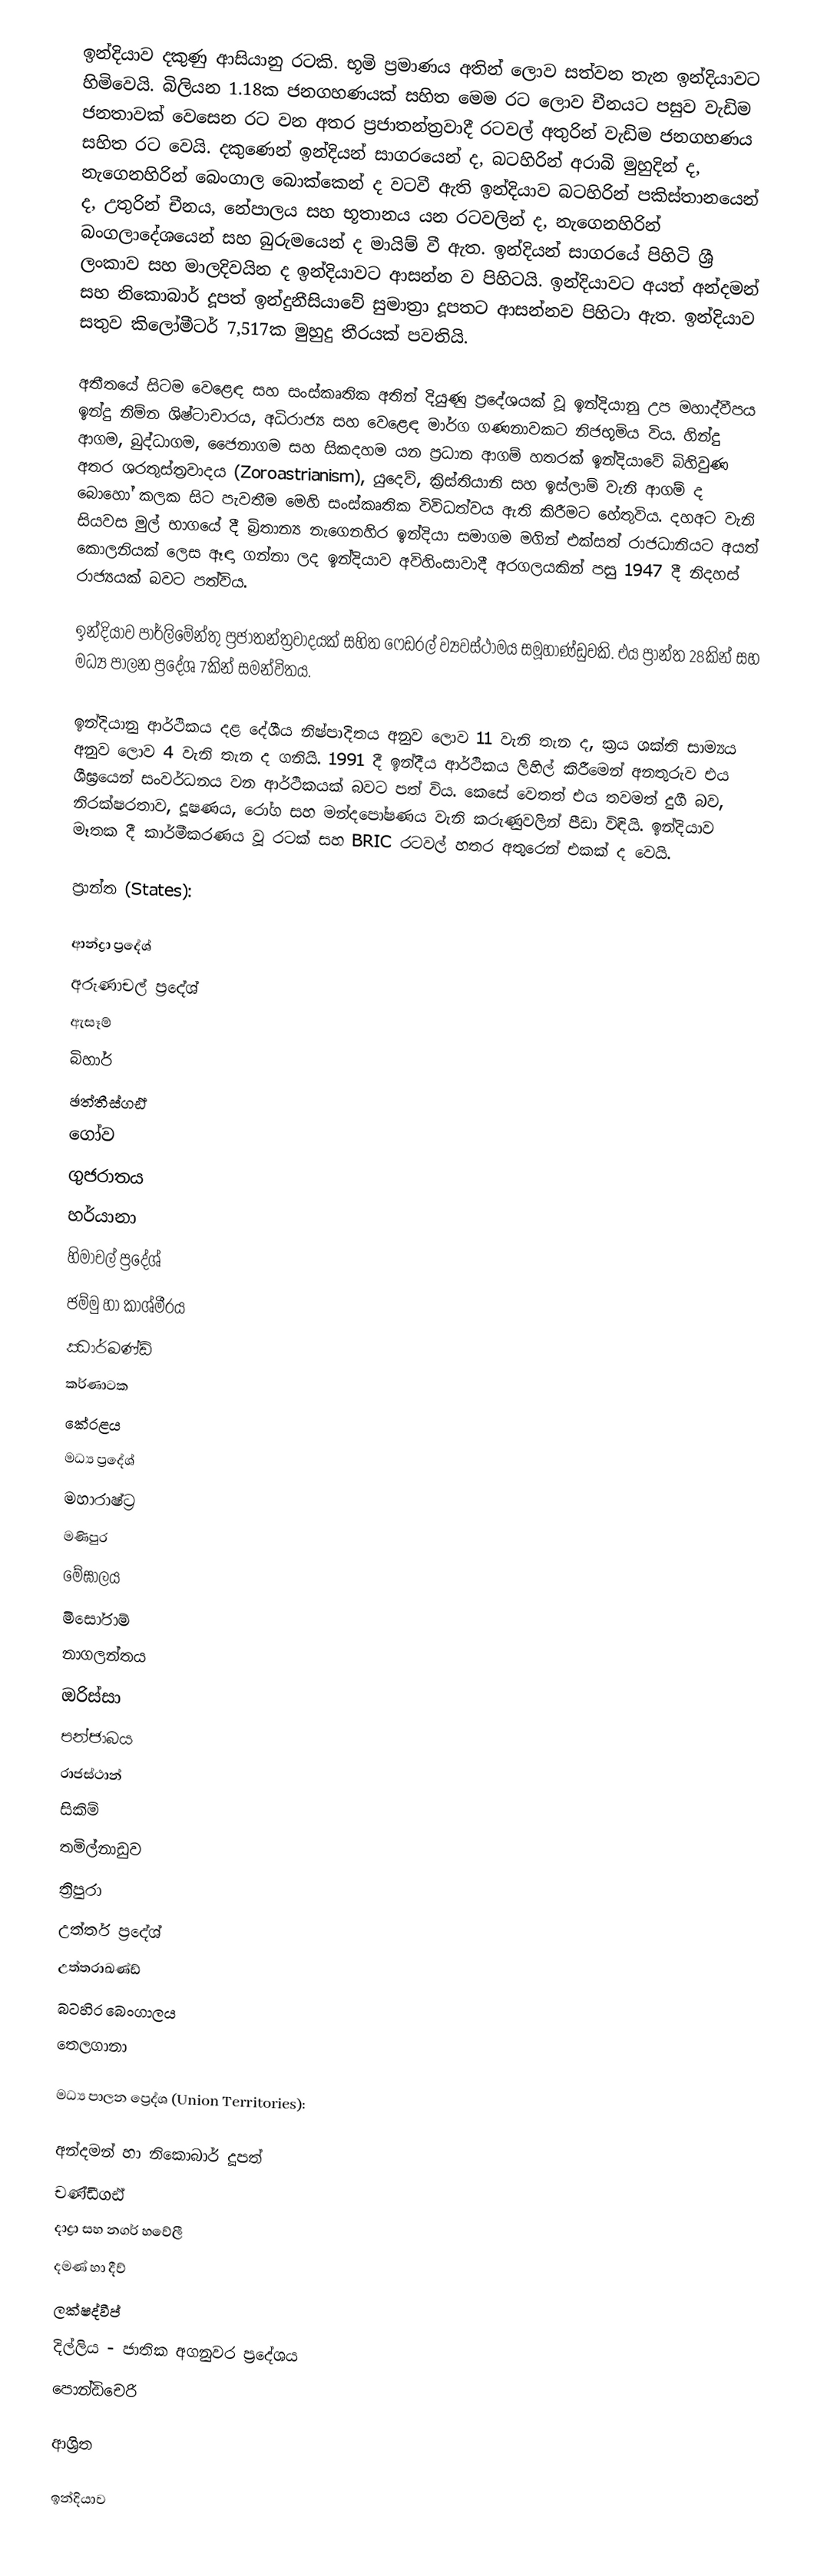
ඉන්දියාව දකුණු ආසියානු රටකි. භූමි ප්‍රමාණය අතින් ලොව සත්වන  තැන ඉන්දියාවට හිමිවෙයි. බිලියන 1.18ක ජනගහණයක් සහිත මෙම රට ‍ලොව චීනයට පසුව වැඩිම ජනතාවක් වෙසෙන රට වන අතර ප්‍රජාතන්ත්‍රවාදී රටවල් අතුරින් වැඩිම ජනගහණය සහිත රට වෙයි. දකුණෙන් ඉන්දියන් සාගරයෙන් ද, බටහිරින් අරාබි මුහුදින් ද, නැගෙනහිරින් බෙංගාල බොක්කෙන් ද වටවී ඇති ඉන්දියාව බටහිරින් පකිස්තානයෙන් ද, උතුරින් චීනය, නේපාලය සහ භූතානය යන රටවලින් ද, නැගෙනහිරින් බංගලාදේශයෙන් සහ බුරුමයෙන් ද මායිම් වී ඇත. ඉන්දියන් සාගරයේ පිහිටි ශ්‍රී ලංකාව සහ මාලදිවයින ද ඉන්දියාවට ආසන්න ව පිහිටයි. ඉන්දියාවට අයත් අන්දමන් සහ නිකොබාර් දූපත් ඉන්දුනීසියාවේ සුමාත්‍රා දූපතට ආසන්නව පිහිටා ඇත. ඉන්දියාව සතුව කිලෝමීටර් 7,517ක මුහුදු තීරයක් පවතියි.

අතීතයේ සිටම වෙළෙඳ සහ සංස්කෘතික අතින් දියුණු ප්‍රදේශයක් වූ ඉන්දියානු උප මහාද්වීපය ඉන්දු නිම්න ශිෂ්ටාචාරය, අධිරාජ්‍ය සහ වෙළෙඳ මාර්ග ගණනාවකට නිජභූමිය විය. හින්දු ආගම, බුද්ධාගම, ජෛනාගම සහ සිකදහම යන ප්‍රධාන ආගම් හතරක් ඉන්දියාවේ බිහිවුණ අතර ශරතුස්ත්‍රවාදය (Zoroastrianism), යුදෙව්, ක්‍රිස්තියානි සහ ඉස්ලාම් වැනි ආගම් ද බොහෝ කලක සිට පැවතීම මෙහි සංස්කෘතික විවිධත්වය ඇති කිරීමට හේතුවිය. දහඅට වැනි සියවස මුල් භාගයේ දී බ්‍රිතාන්‍ය නැගෙනහිර ඉන්දියා සමාගම මගින් එක්සත් රාජධානියට අයත් කොලනියක් ලෙස ඈඳා ගන්නා ලද ඉන්දියාව අවිහිංසාවාදී අරගලයකින් පසු 1947 දී නිදහස් රාජ්‍යයක් බවට පත්විය.

ඉන්දියාව පාර්ලිමේන්තු ප්‍රජාතන්ත්‍රවාදයක් සහිත ෆෙඩරල් ව්‍යවස්ථාමය සමූහාණ්ඩුවකි. එය ප්‍රාන්ත 28කින් සහ මධ්‍ය පාලන ප්‍රදේශ 7කින් සමන්විතය.

ඉන්දියානු ආර්ථිකය දළ දේශීය නිෂ්පාදිතය අනුව ලොව 11 වැනි තැන ද, ක්‍රය ශක්ති සාම්‍යය අනුව ලොව 4 වැනි තැන ද ගනියි. 1991 දී ඉන්දීය ආර්ථිකය ලිහිල් කිරීමෙන් අනතුරුව එය ශීඝ්‍රයෙන් සංවර්ධනය වන ආර්ථිකයක් බවට පත් විය. කෙසේ වෙතත් එය තවමත් දුගී බව, නිරක්ෂරතාව, දූෂණය, රෝග සහ මන්දපෝෂණය වැනි කරුණුවලින් පීඩා විඳියි. ඉන්දියාව මෑතක දී කාර්මීකරණය වූ රටක් සහ BRIC රටවල් හතර අතුරෙන් එකක් ද වෙයි.

ප්‍රාන්ත (States):

	ආන්ද්‍රා ප්‍රදේශ්
	අරුණාචල් ප්‍රදේශ්
ඇසෑම්
	බිහාර්
	ඡත්තීස්ගඪ්
	ගෝව
	ගුජරාතය
	හර්යානා
	හිමාචල් ප්‍රදේශ්
	ජම්මු හා කාශ්මීරය
	ඣාර්ඛණ්ඩ්
	කර්ණාටක
	කේරළය
 මධ්‍ය ප්‍රදේශ්
 මහාරාෂ්ට්‍ර
 මණිපුර
 මේඝාලය
 මිසෝරාම්
 නාගලන්තය
 ඔරිස්සා
 පන්ජාබය
 රාජස්ථාන්
 සිකිම්
 තමිල්නාඩුව
	ත්‍රිපුරා
 උත්තර් ප්‍රදේශ්
  උත්තරාඛණ්ඩ්
  බටහිර බෙංගාලය
  තෙලගානා

මධ්‍ය පාලන ප්‍ර‍ෙද්ශ (Union Territories):

 අන්දමන් හා නිකොබාර් දූපත්
	චණ්ඩීගඪ්
	දාද්‍රා සහ නගර් හවේලී
	දමණ් හා දීව්
 ලක්ෂද්වීප්
	දිල්ලිය - ජාතික අගනුවර ප්‍රදේශය
 පොන්ඩිචෙරි

ආශ්‍රිත

ඉන්දියාව